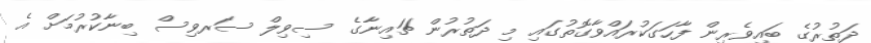
ދަތުރުގެ ބައިވެރިން ފާހަގަކުރައްވާގޮތުގައި މި ދަތުރުން ޗައިނާގެ ސިވިލް ސަރވިސް ބިނާކުރުމަށް އެ